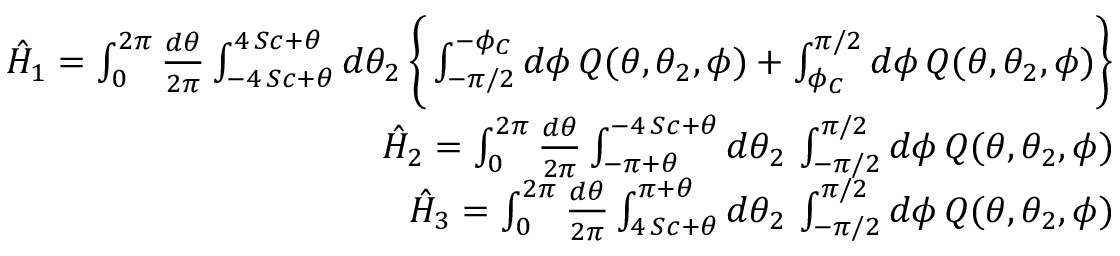
\begin{array} { r l r } & { } & { \hat { H } _ { 1 } = \int _ { 0 } ^ { 2 \pi } { \frac { d \theta } { 2 \pi } } \int _ { - 4 \, S c + \theta } ^ { 4 \, S c + \theta } d \theta _ { 2 } \, \Bigg \{ \int _ { - \pi / 2 } ^ { - \phi _ { C } } d \phi \, Q ( \theta , \theta _ { 2 } , \phi ) + \int _ { \phi _ { C } } ^ { \pi / 2 } d \phi \, Q ( \theta , \theta _ { 2 } , \phi ) \Bigg \} } \\ & { } & { \hat { H } _ { 2 } = \int _ { 0 } ^ { 2 \pi } { \frac { d \theta } { 2 \pi } } \int _ { - \pi + \theta } ^ { - 4 \, S c + \theta } d \theta _ { 2 } \, \int _ { - \pi / 2 } ^ { \pi / 2 } d \phi \, Q ( \theta , \theta _ { 2 } , \phi ) } \\ & { } & { \hat { H } _ { 3 } = \int _ { 0 } ^ { 2 \pi } { \frac { d \theta } { 2 \pi } } \int _ { 4 \, S c + \theta } ^ { \pi + \theta } d \theta _ { 2 } \, \int _ { - \pi / 2 } ^ { \pi / 2 } d \phi \, Q ( \theta , \theta _ { 2 } , \phi ) } \end{array}